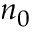
n _ { 0 }